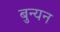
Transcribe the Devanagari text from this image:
बुन्यन